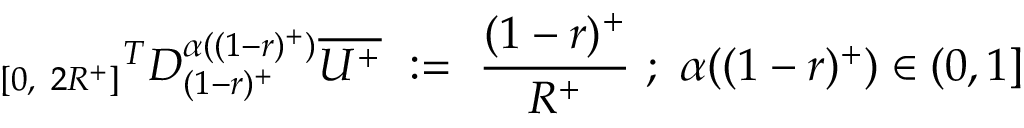
{ _ { [ 0 , ~ 2 R ^ { + } ] } } ^ { T } D _ { ( 1 - r ) ^ { + } } ^ { \alpha ( ( 1 - r ) ^ { + } ) } \overline { { U ^ { + } } } ~ : = ~ { \frac { ( 1 - r ) ^ { + } } { R ^ { + } } } ~ ; ~ \alpha ( ( 1 - r ) ^ { + } ) \in ( 0 , 1 ]